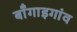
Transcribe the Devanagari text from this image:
बॉँगाइगांव